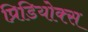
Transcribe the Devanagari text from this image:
प्रिडियोक्स